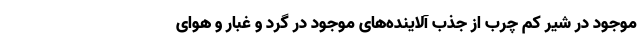
موجود در شیر کم ‌چرب از جذب آلاینده‌های موجود در گرد و غبار و هوای